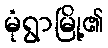
မုံရွာမြို့၏